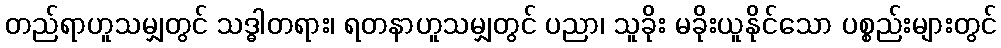
တည်ရာဟူသမျှတွင် သဒ္ဓါတရား၊ ရတနာဟူသမျှတွင် ပညာ၊ သူခိုး မခိုးယူနိုင်သော ပစ္စည်းများတွင်